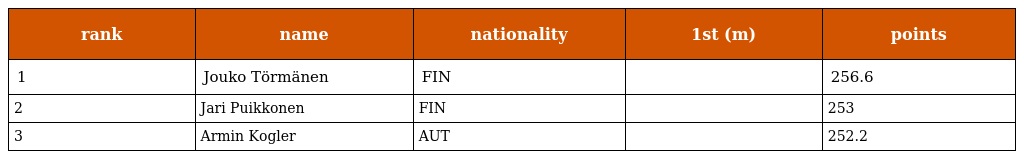
| rank | name | nationality | 1st (m) | points |
 | --- | --- | --- | --- | --- |
 | 1 | Jouko Törmänen | FIN |  | 256.6 |
 | 2 | Jari Puikkonen | FIN |  | 253 |
 | 3 | Armin Kogler | AUT |  | 252.2 |